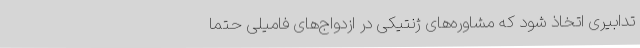
تدابیری اتخاذ شود که مشاوره‌های ژنتیکی در ازدواج‌های فامیلی حتماً